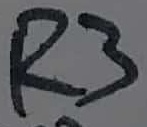
Text: R3